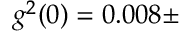
g ^ { 2 } ( 0 ) = 0 . 0 0 8 \pm